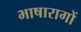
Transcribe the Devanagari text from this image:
भाषारागों